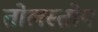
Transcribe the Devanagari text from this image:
तोलस्तोय